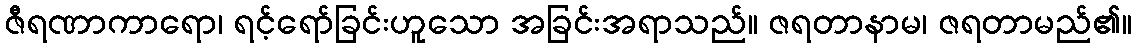
ဇီရဏာကာရော၊ ရင့်ရော်ခြင်းဟူသော အခြင်းအရာသည်။ ဇရတာနာမ၊ ဇရတာမည်၏။